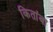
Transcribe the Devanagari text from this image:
कितांबा